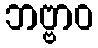
ဘဗ္ဗာဝ